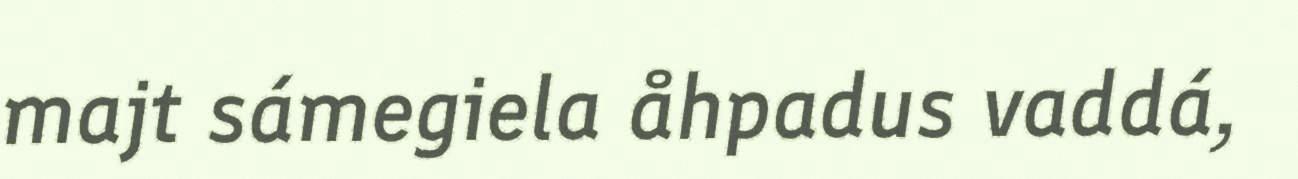
majt sámegiela åhpadus vaddá,